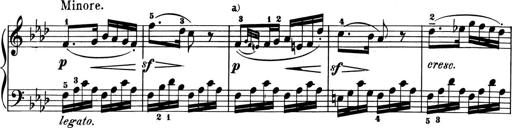
Title: 6 Piano Sonatinas
Composer: Cornelius Gurlitt